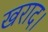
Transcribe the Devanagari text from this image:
खराद।